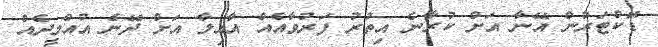
ޑޮކްޓަރުން އޭނާ އަށް ކުރާނެ އިތުރު ފަރުވާއެއް އާއިލާ އަށް ދޭނެ އުއްމީދެއް